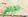
القومي